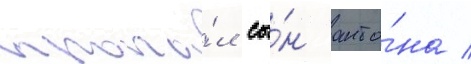
пропа́л сы́н анто́на /